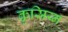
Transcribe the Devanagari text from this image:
कृसिय्न